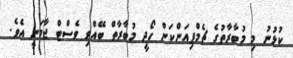
ކުޅުނު މި މުބާރާތުގެ ޗެމްޕިއަންކަން ހޯދީ މުބާރާތް ބޭއްވި ވެސްޓް ޖާމަނީ އެވެ.